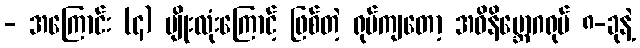
- အကြောင်း (၄) မျိုးလုံးကြောင့် ဖြစ်တဲ့ ရုပ်ကျတော့ အဝိနိဗ္ဘောဂရုပ် ၈-ခုနဲ့